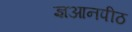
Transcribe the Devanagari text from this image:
ज्ञआनपीठ